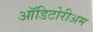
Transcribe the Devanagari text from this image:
ऑडिटोरीअम